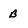
Character: B